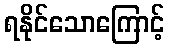
ရနိုင်သောကြောင့်